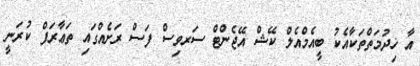
އާ ޚިދުމަތްތަކާއެކު ބީއެމްއެލް ކޭޝް އޭޖެންޓް ސަރވިސް ފަސް ރަށެއްގައި ތަޢާރަފް ކުރަނީ